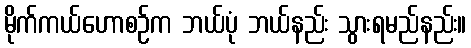
မိုက်ကယ်ဟောစဉ်က ဘယ်ပုံ ဘယ်နည်း သွားရမည်နည်း။